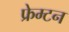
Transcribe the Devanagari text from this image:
फ्रेम्टन